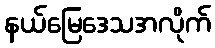
နယ်မြေဒေသအလိုက်